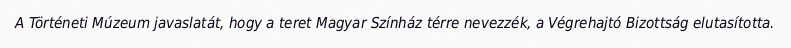
A Történeti Múzeum javaslatát, hogy a teret Magyar Színház térre nevezzék, a Végrehajtó Bizottság elutasította.